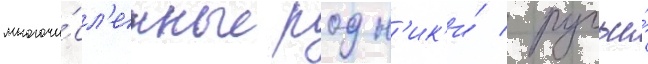
многочи́сл'енные родн'ик'и́ / ручьи́